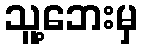
သူ့ဘေးမှ